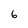
Character: 6